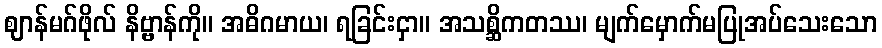
ဈာန်မဂ်ဖိုလ် နိဗ္ဗာန်ကို။ အဓိဂမာယ၊ ရခြင်းငှာ။ အသစ္ဆိကတဿ၊ မျက်မှောက်မပြုအပ်သေးသော